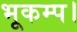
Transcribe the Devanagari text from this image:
भूकम्प।